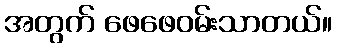
အတွက် ဖေဖေဝမ်းသာတယ်။